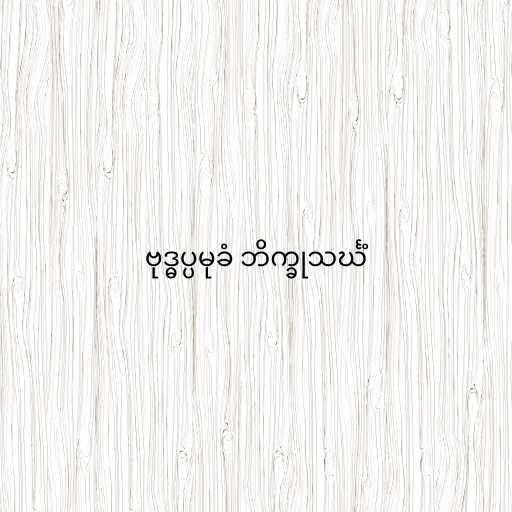
ဗုဒ္ဓပ္ပမုခံ ဘိက္ခုသင်္ဃံ